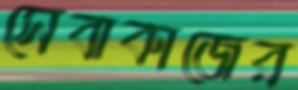
সেবাকাজের